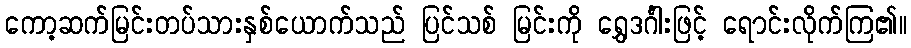
ကော့ဆက်မြင်းတပ်သားနှစ်ယောက်သည် ပြင်သစ် မြင်းကို ရွှေဒင်္ဂါးဖြင့် ရောင်းလိုက်ကြ၏။